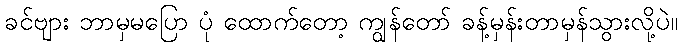
ခင်ဗျား ဘာမှမပြော ပုံ ထောက်တော့ ကျွန်တော် ခန့်မှန်းတာမှန်သွားလို့ပဲ။